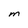
Character: M